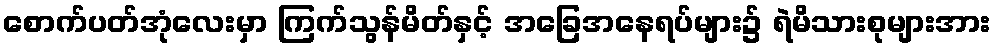
စောက်ပတ်အုံလေးမှာ ကြက်သွန်မိတ်နှင့် အခြေအနေရပ်များ၌ ရဲမိသားစုများအား